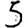
Digit: 5